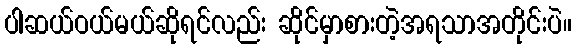
ပါဆယ်ဝယ်မယ်ဆိုရင်လည်း ဆိုင်မှာစားတဲ့အရသာအတိုင်းပဲ။